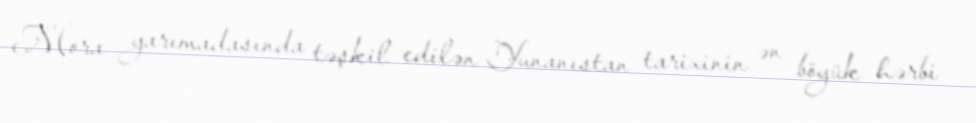
Mora yarımadasında təşkil edilən Yunanıstan tarixinin ən böyük hərbi